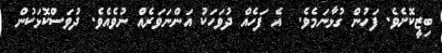
ބިޒީކޮށެވެ. ފަހުން ގުޅާނަމެވެ.  އެ ފަހެއް ދުވަހަކު އަންނަވަރެއް ނުވެއެވެ. ދުވަސްކޮޅަކުން